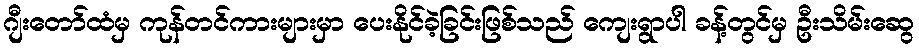
ဂျီးတော်ထံမှ ကုန်တင်ကားများမှာ ပေးနိုင်ခဲ့ခြင်းဖြစ်သည် ကျေးရွာပါ ခန့်တွင်မှ ဦးသိမ်းဆွေ